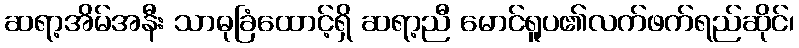
ဆရာ့အိမ်အနီး သာဓုခြံထောင့်ရှိ ဆရာ့ညီ မောင်ရူပ၏လက်ဖက်ရည်ဆိုင်၊